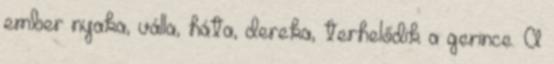
ember nyaka, válla, háta, dereka, terhelődik a gerince. A